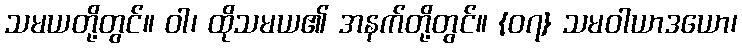
သမယတို့တွင်။ ဝါ၊ ထိုသမယ၏ အနက်တို့တွင်။ {၀၇} သမဝါယာဒယော၊